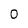
Character: 0